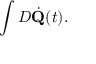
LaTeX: \int { \cal D } \dot { \bf Q } ( t ) .